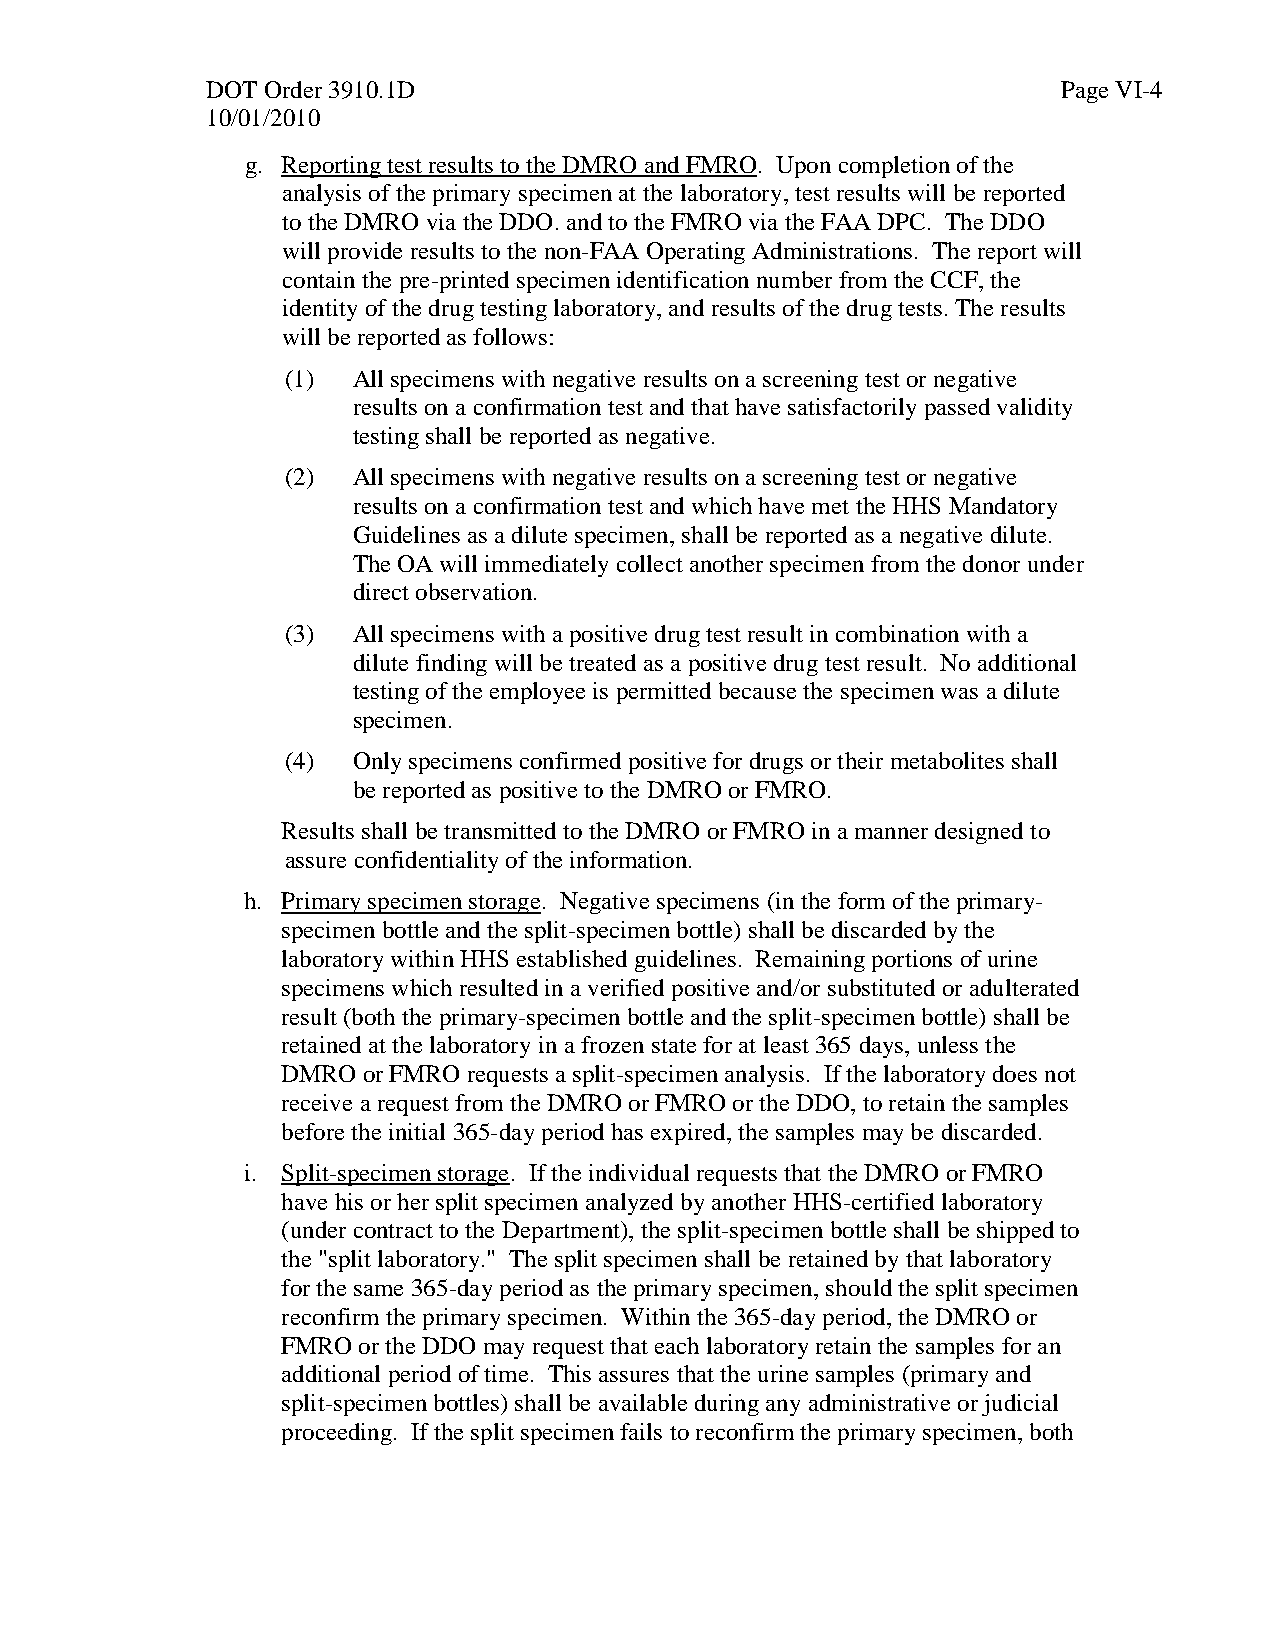
DOT Order 3910.1D                                       Page VI-4
 10/01/2010
 g. Reporting test results to the DMRO and FMRO. Upon completion of the
 analysis of the primary specimen at the laboratory, test results will be reported
 to the DMRO via the DDO. and to the FMRO via the FAA DPC. The DDO
 will provide results to the non-FAA Operating Administrations. The report will
 contain the pre-printed specimen identification number from the CCF, the
 identity of the drug testing laboratory, and results of the drug tests. The results
 will be reported as follows:
 (1) All specimens with negative results on a screening test or negative
 results on a confirmation test and that have satisfactorily passed validity
 testing shall be reported as negative.
 (2) All specimens with negative results on a screening test or negative
 results on a confirmation test and which have met the HHS Mandatory
 Guidelines as a dilute specimen, shall be reported as a negative dilute.
 The OA will immediately collect another specimen from the donor under
 direct observation.
 (3) All specimens with a positive drug test result in combination with a
 dilute finding will be treated as a positive drug test result. No additional
 testing of the employee is permitted because the specimen was a dilute
 specimen.
 (4) Only specimens confirmed positive for drugs or their metabolites shall
 be reported as positive to the DMRO or FMRO.
 Results shall be transmitted to the DMRO or FMRO in a manner designed to
 assure confidentiality of the information.
 h. Primary specimen storage. Negative specimens (in the form of the primary-
 specimen bottle and the split-specimen bottle) shall be discarded by the
 laboratory within HHS established guidelines. Remaining portions of urine
 specimens which resulted in a verified positive and/or substituted or adulterated
 result (both the primary-specimen bottle and the split-specimen bottle) shall be
 retained at the laboratory in a frozen state for at least 365 days, unless the
 DMRO or FMRO requests a split-specimen analysis. If the laboratory does not
 receive a request from the DMRO or FMRO or the DDO, to retain the samples
 before the initial 365-day period has expired, the samples may be discarded.
 i. Split-specimen storage. If the individual requests that the DMRO or FMRO
 have his or her split specimen analyzed by another HHS-certified laboratory
 (under contract to the Department), the split-specimen bottle shall be shipped to
 the "split laboratory." The split specimen shall be retained by that laboratory
 for the same 365-day period as the primary specimen, should the split specimen
 reconfirm the primary specimen. Within the 365-day period, the DMRO or
 FMRO or the DDO may request that each laboratory retain the samples for an
 additional period of time. This assures that the urine samples (primary and
 split-specimen bottles) shall be available during any administrative or judicial
 proceeding. If the split specimen fails to reconfirm the primary specimen, both